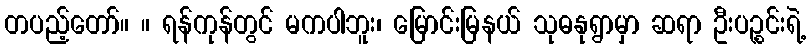
တပည့်တော်။ ။ ရန်ကုန်တွင် မကပါဘူး၊ မြောင်းမြနယ် သုဓနုရွာမှာ ဆရာ ဦးပဉ္စင်းရဲ့